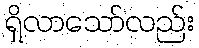
ရှိလာသော်လည်း